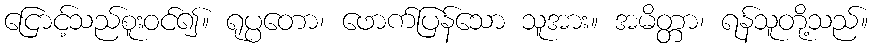
ငြောင့်သည်စူးဝင်၍။ ရုပ္ပတော၊ ဖောက်ပြန်သော သူအား။ အမိတ္တာ၊ ရန်သူတို့သည်။